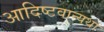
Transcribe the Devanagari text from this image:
आदिष्टवान्यथा